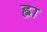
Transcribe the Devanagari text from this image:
ह्ना